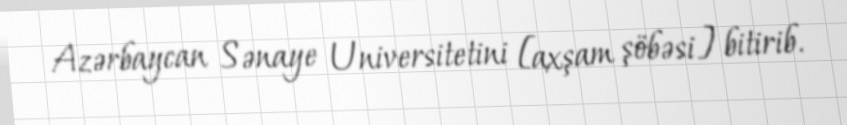
Azərbaycan Sənaye Universitetini [axşam şöbəsi] bitirib.